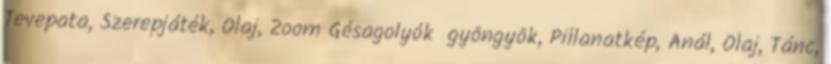
Tevepata, Szerepjáték, Olaj, Zoom Gésagolyók gyöngyök, Pillanatkép, Anál, Olaj, Tánc,